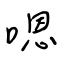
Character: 嗯